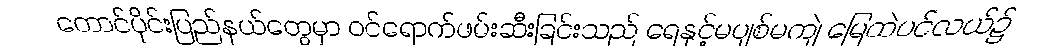
တောင်ပိုင်းပြည်နယ်တွေမှာ ဝင်ရောက်ဖမ်းဆီးခြင်းသည် ရေနှင့်မပျစ်မကျဲ မြေထဲပင်လယ်၌